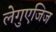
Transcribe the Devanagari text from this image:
लेगुएजिज